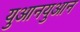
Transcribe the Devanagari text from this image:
युआनयुआन